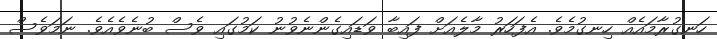
ހަނގުރާމައެއް ހިނގުމެވެ. އެފަހަރު މާލެއަށް ފައިބާ ވަޑައިގެންނެވުނު ކަމުގައި ވެސް ބުނެވެއެވެ. ނަމަވެސް